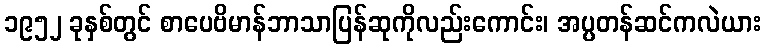
၁၉၅၂ ခုနှစ်တွင် စာပေဗိမာန်ဘာသာပြန်ဆုကိုလည်းကောင်း၊ အပ္ပတန်ဆင်ကလဲယား